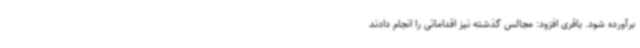
برآورده شود. باقری افزود: مجالس گذشته نیز اقداماتی را انجام دادند